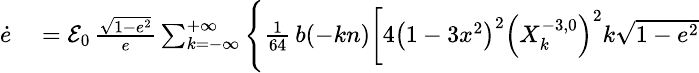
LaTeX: \small\begin{array}{rl}{\dot{e}}&{{}={\cal E}_{0}\, \frac{\sqrt{1-e^{2}}}{e}\sum_{k=-\infty}^{+\infty}\Bigg\{ \frac{1}{64}\, b(-kn)\bigg[4\left(1-3x^{2}\right)^{2}\left(X_{k}^{-3,0}\right)^{2}k\sqrt{1-e^{2}}}\end{array}